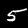
Label: 5